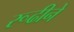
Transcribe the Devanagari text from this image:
रूढीने